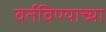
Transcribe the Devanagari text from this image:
वर्तविण्याच्या